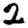
Digit: 2